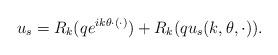
LaTeX: \begin{align*} u_s=R_k(qe^{ik\theta \cdot (\cdot)}) + R_k(qu_s(k,\theta,\cdot)).\end{align*}